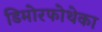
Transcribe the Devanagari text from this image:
डिमोरफोथेका